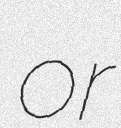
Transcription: or